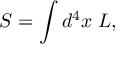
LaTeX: S = \int d ^ { 4 } x \; { \cal L } ,